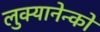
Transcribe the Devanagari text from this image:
लुक्यानेन्को